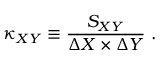
\kappa _ { X Y } \equiv \frac { S _ { X Y } } { \Delta X \times \Delta Y } ~ .